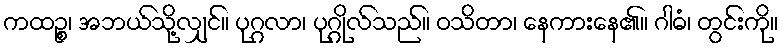
ကထဉ္စ၊ အဘယ်သို့လျှင်။ ပုဂ္ဂလာ၊ ပုဂ္ဂိုလ်သည်။ ဝသိတာ၊ နေကားနေ၏။ ဂါဓံ၊ တွင်းကို။